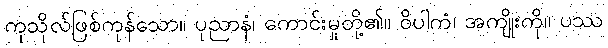
ကုသိုလ်ဖြစ်ကုန်သော။ ပုညာနံ၊ ကောင်းမှုတို့၏။ ဝိပါကံ၊ အကျိုးကို။ ပဿ